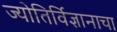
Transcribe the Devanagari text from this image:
ज्योतिर्विज्ञानाचा